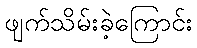
ဖျက်သိမ်းခဲ့ကြောင်း